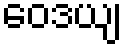
ဝေဒယျ